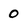
Character: 0